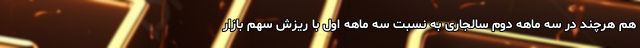
هم هرچند در سه ماهه دوم سالجاری به نسبت سه ماهه اول با ریزش سهم بازار